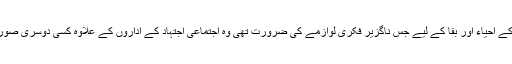
مستقبل کی ان اسلامی ریاستوں کے احیاء اور بقا کے لیے جس ناگزیر فکری لوازمے کی ضرورت تھی وہ اجتماعی اجتہاد کے اداروں کے علاوہ کسی دوسری صورت میں ممکن نہیں ہو سکتا تھا۔